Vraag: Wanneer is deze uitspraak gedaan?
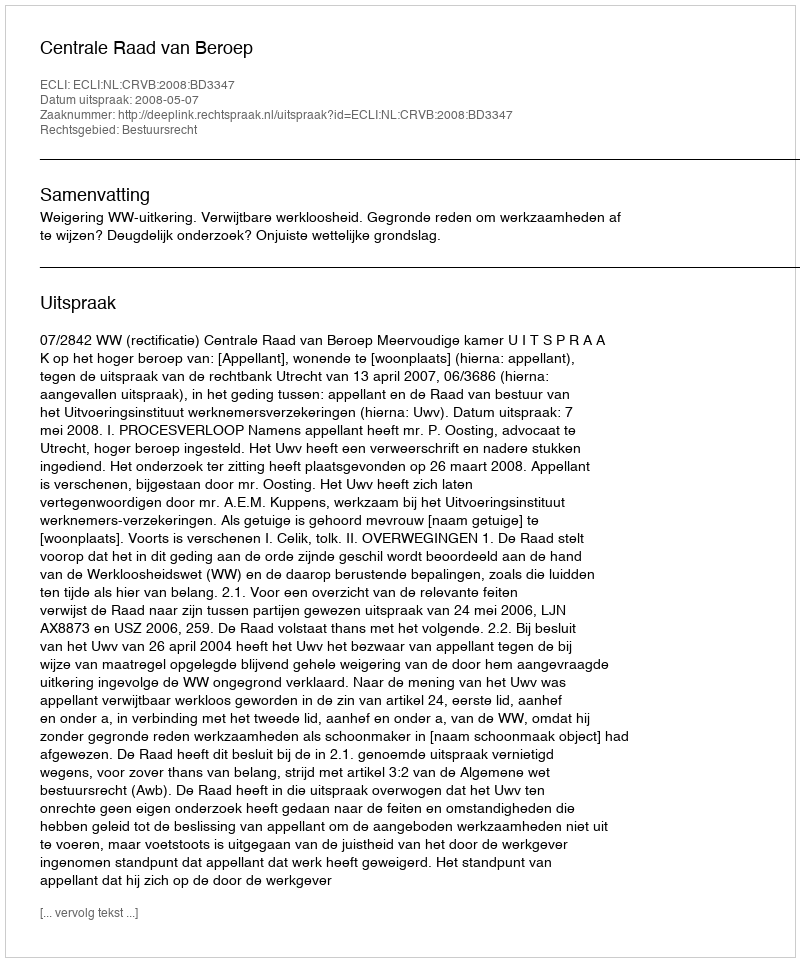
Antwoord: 2008-05-07